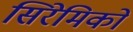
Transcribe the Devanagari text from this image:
सिरेमिकों